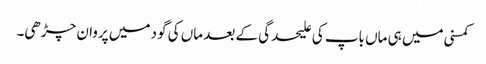
کمسنی میں ہی ماں باپ کی علیحدگی کے بعد ماں کی گود میں پروان چڑھی۔